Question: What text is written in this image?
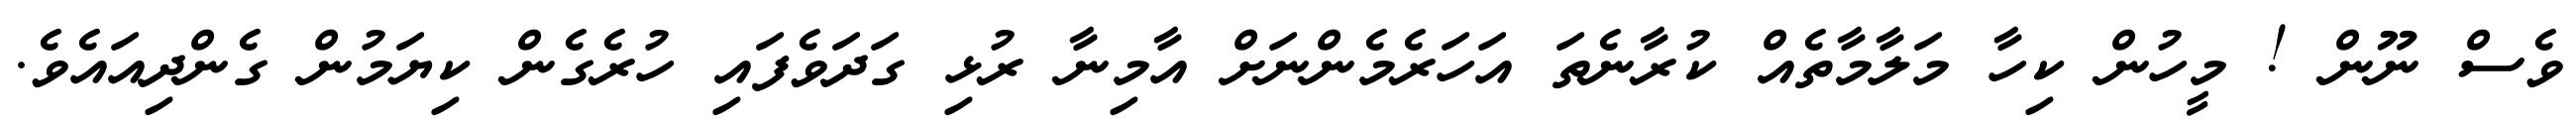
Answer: ވެސް ނޫން ! މީހުން ކިހާ މަލާމާތެއް ކުރާނެތަ އަހަރެމެންނަށް އާމިނާ ރުޅި ގަދަވެފައި ހުރެގެން ކިޔަމުން ގެންދިއައެވެ.